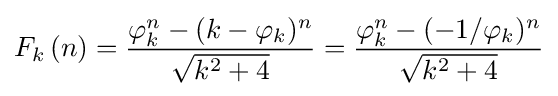
F_{k}\left(n\right)={{\varphi _{k}^{n}-(k-\varphi _{k})^{n}} \over {\sqrt {k^{2}+4}}}={{\varphi _{k}^{n}-(-1/\varphi _{k})^{n}} \over {\sqrt {k^{2}+4}}}